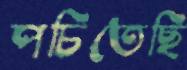
পচিতেছি